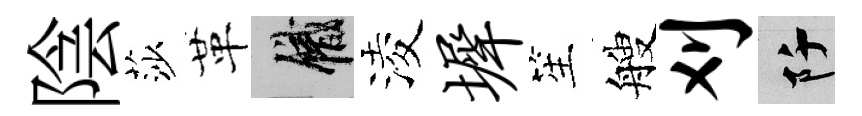
陰莎革識淩墀笙艘刈阡